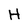
Character: H